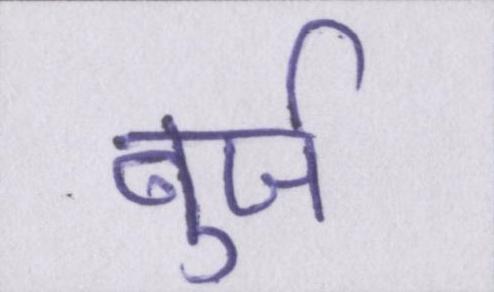
बुर्ज